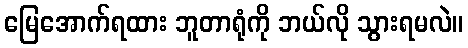
မြေအောက်ရထား ဘူတာရုံကို ဘယ်လို သွားရမလဲ။